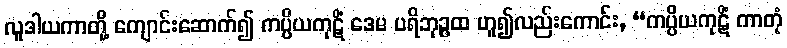
လူဒါယကာတို့ ကျောင်းဆောက်၍ ကပ္ပိယကုဋိံ ဒေမ ပရိဘုဉ္ဇထ ဟူ၍လည်းကောင်း, “ကပ္ပိယကုဋိံ ကာတုံ